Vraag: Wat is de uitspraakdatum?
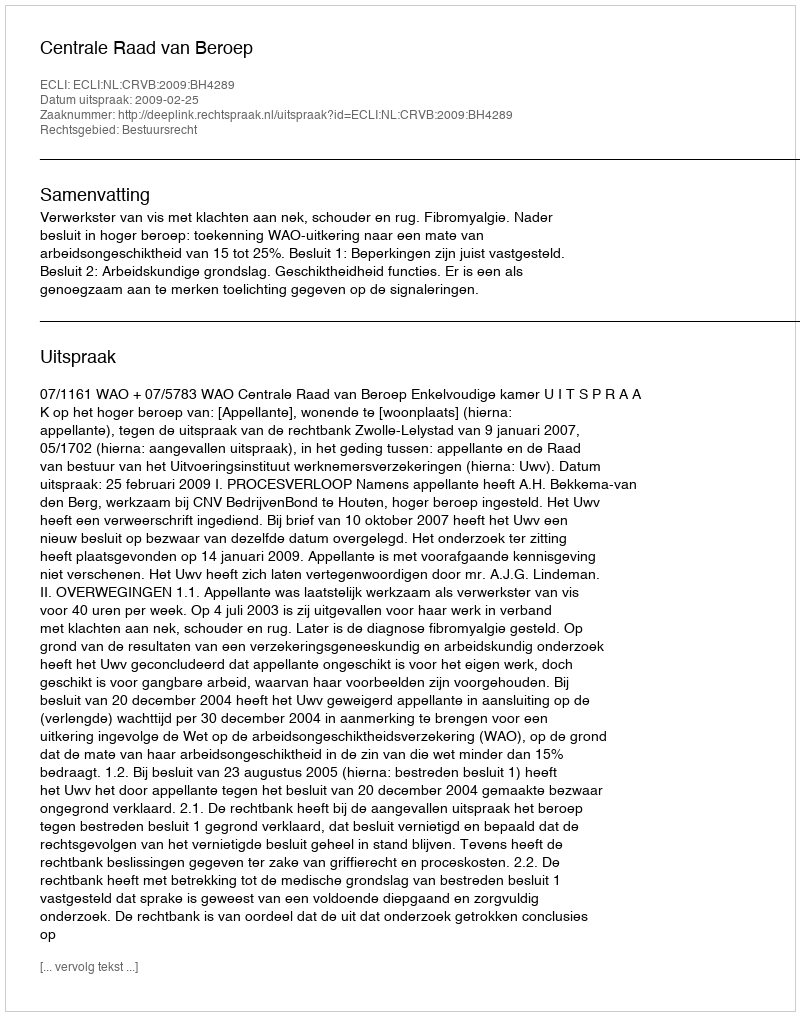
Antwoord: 2009-02-25